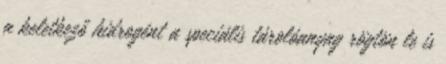
a keletkező hidrogént a speciális tárolóanyag rögtön le is